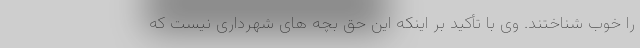
را خوب شناختند. وی با تأکید بر اینکه این حق بچه های شهرداری نیست که